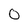
Character: 0